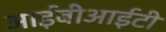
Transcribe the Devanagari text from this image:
आईबीआईटी